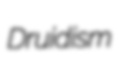
Druidism